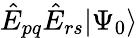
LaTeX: \hat{E}_{pq}\hat{E}_{rs}|\Psi_{0}\rangle